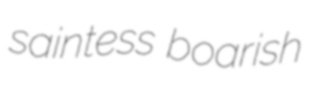
saintess boarish